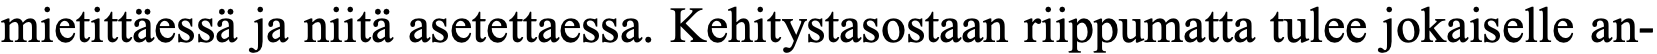
mietittäessä ja niitä asetettaessa. Kehitystasostaan riippumatta tulee jokaiselle an-